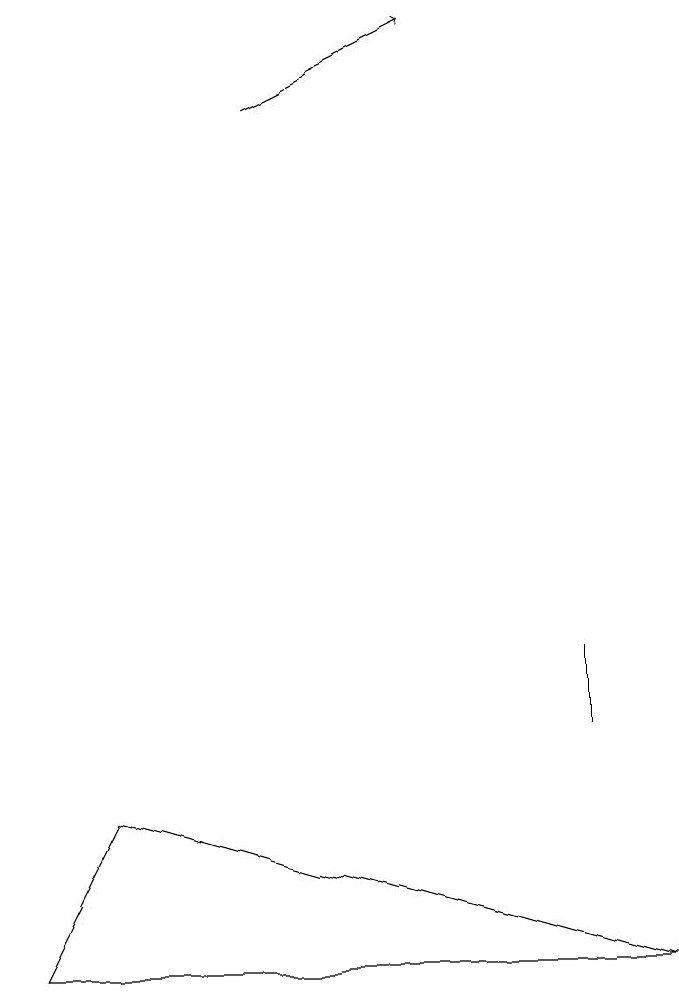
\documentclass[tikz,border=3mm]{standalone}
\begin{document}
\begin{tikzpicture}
\draw (9,5) -- (2,7) -- (1,5) -- cycle;
\draw[->] (4,16) -- (6,17);
\draw (8,9) -- (8,8) -- (8,9) -- cycle;
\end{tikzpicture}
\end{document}